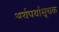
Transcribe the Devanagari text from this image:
अर्थपर्यासूचक